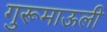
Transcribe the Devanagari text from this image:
गुरूमाऊली